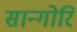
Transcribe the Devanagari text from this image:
सान्गोरि